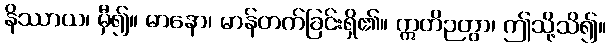
နိဿာယ၊ မှီ၍။ မာနော၊ မာန်တက်ခြင်းရှိ၏။ ဣတိဉတွာ၊ ဤသို့သိ၍။